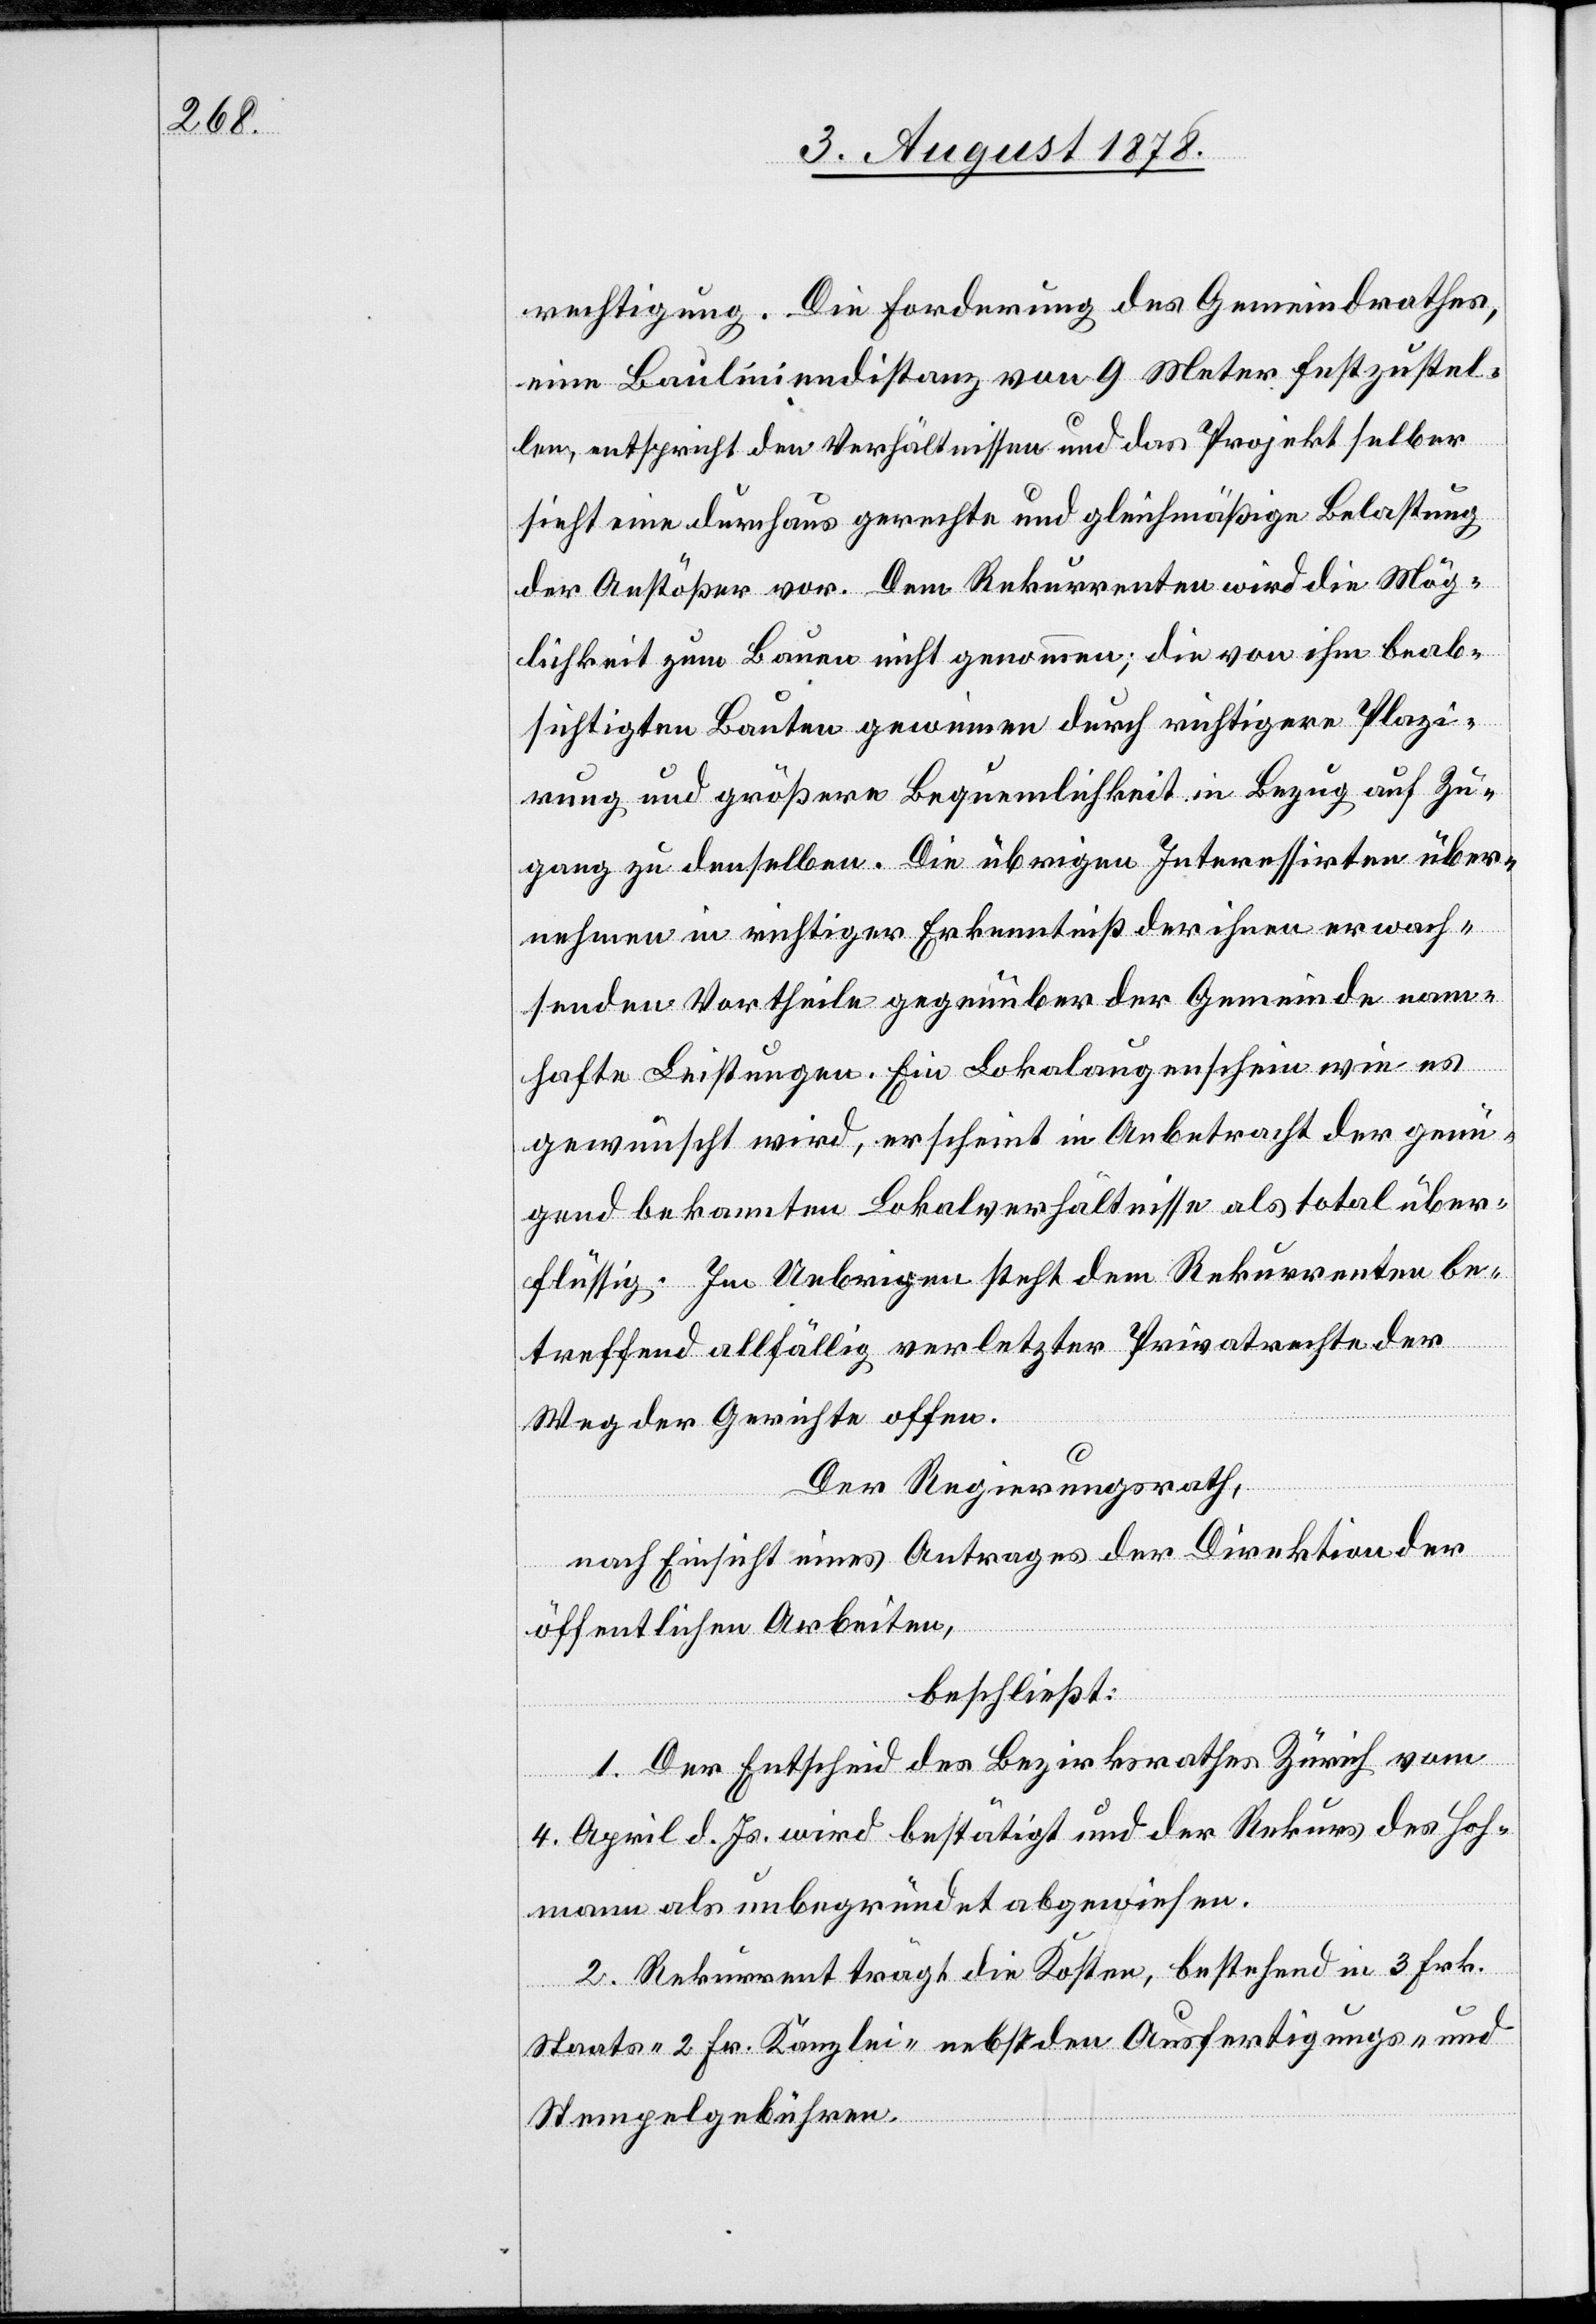
rechtigung. Die Forderung des Gemeindrathes,
eine Bauliniendistanz von 9 Meter festzustel¬
len, entspricht den Verhältnissen und das Projekt selber
sieht eine durchaus gerechte und gleichmäßige Belastung
der Anstößer vor. Dem Rekurrenten wird die Mög¬
lichkeit zum Banne nicht genommen; die von ihm beab¬
sichtigten Bauten gewinnen durch richtigere Plazi¬
rung und größere Bequemlichkeit in Bezug auf Zu¬
gang zu denselben. Die übrigen Interessirten über¬
nehmen in richtiger Erkenntniß der ihnen erwach¬
senden Vortheile gegenüber der Gemeinde nam¬
hafte Leistungen. Ein Lokalaugenschein wie es
gewünscht wird, erscheint in Anbetracht der genü¬
gend bekannten Lokalverhältnisse als total über¬
flüssig. Im Uebrigen steht dem Rekurrenten be¬
treffend allfällig verletzter Privatrechte der
Weg der Gerichte offen.
Der Regierungsrath,
nach Einsicht eines Antrages der Direktion der
öffentlichen Arbeiten,
beschließt:
1. Der Entscheid des Bezirksrathes Zürich vom
4. April d. Js. wird bestätigt und der Rekurs des Hoh¬
mann als unbegründet abgewiesen.
2. Rekurrent trägt die Kosten, bestehend in 3 Frk.
Staats-[,] 2 Fr. Kanzlei- nebst den Ausfertigungs- und
Stempelgebühren.